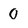
Character: 0